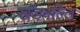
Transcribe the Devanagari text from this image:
खंडवल्लि